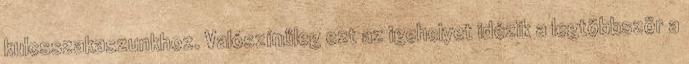
kulcsszakaszunkhoz. Valószínűleg ezt az igehelyet idézik a legtöbbször a